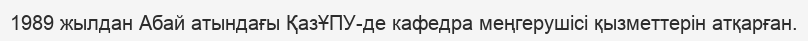
1989 жылдан Абай атындағы ҚазҰПУ-де кафедра меңгерушісі қызметтерін атқарған.